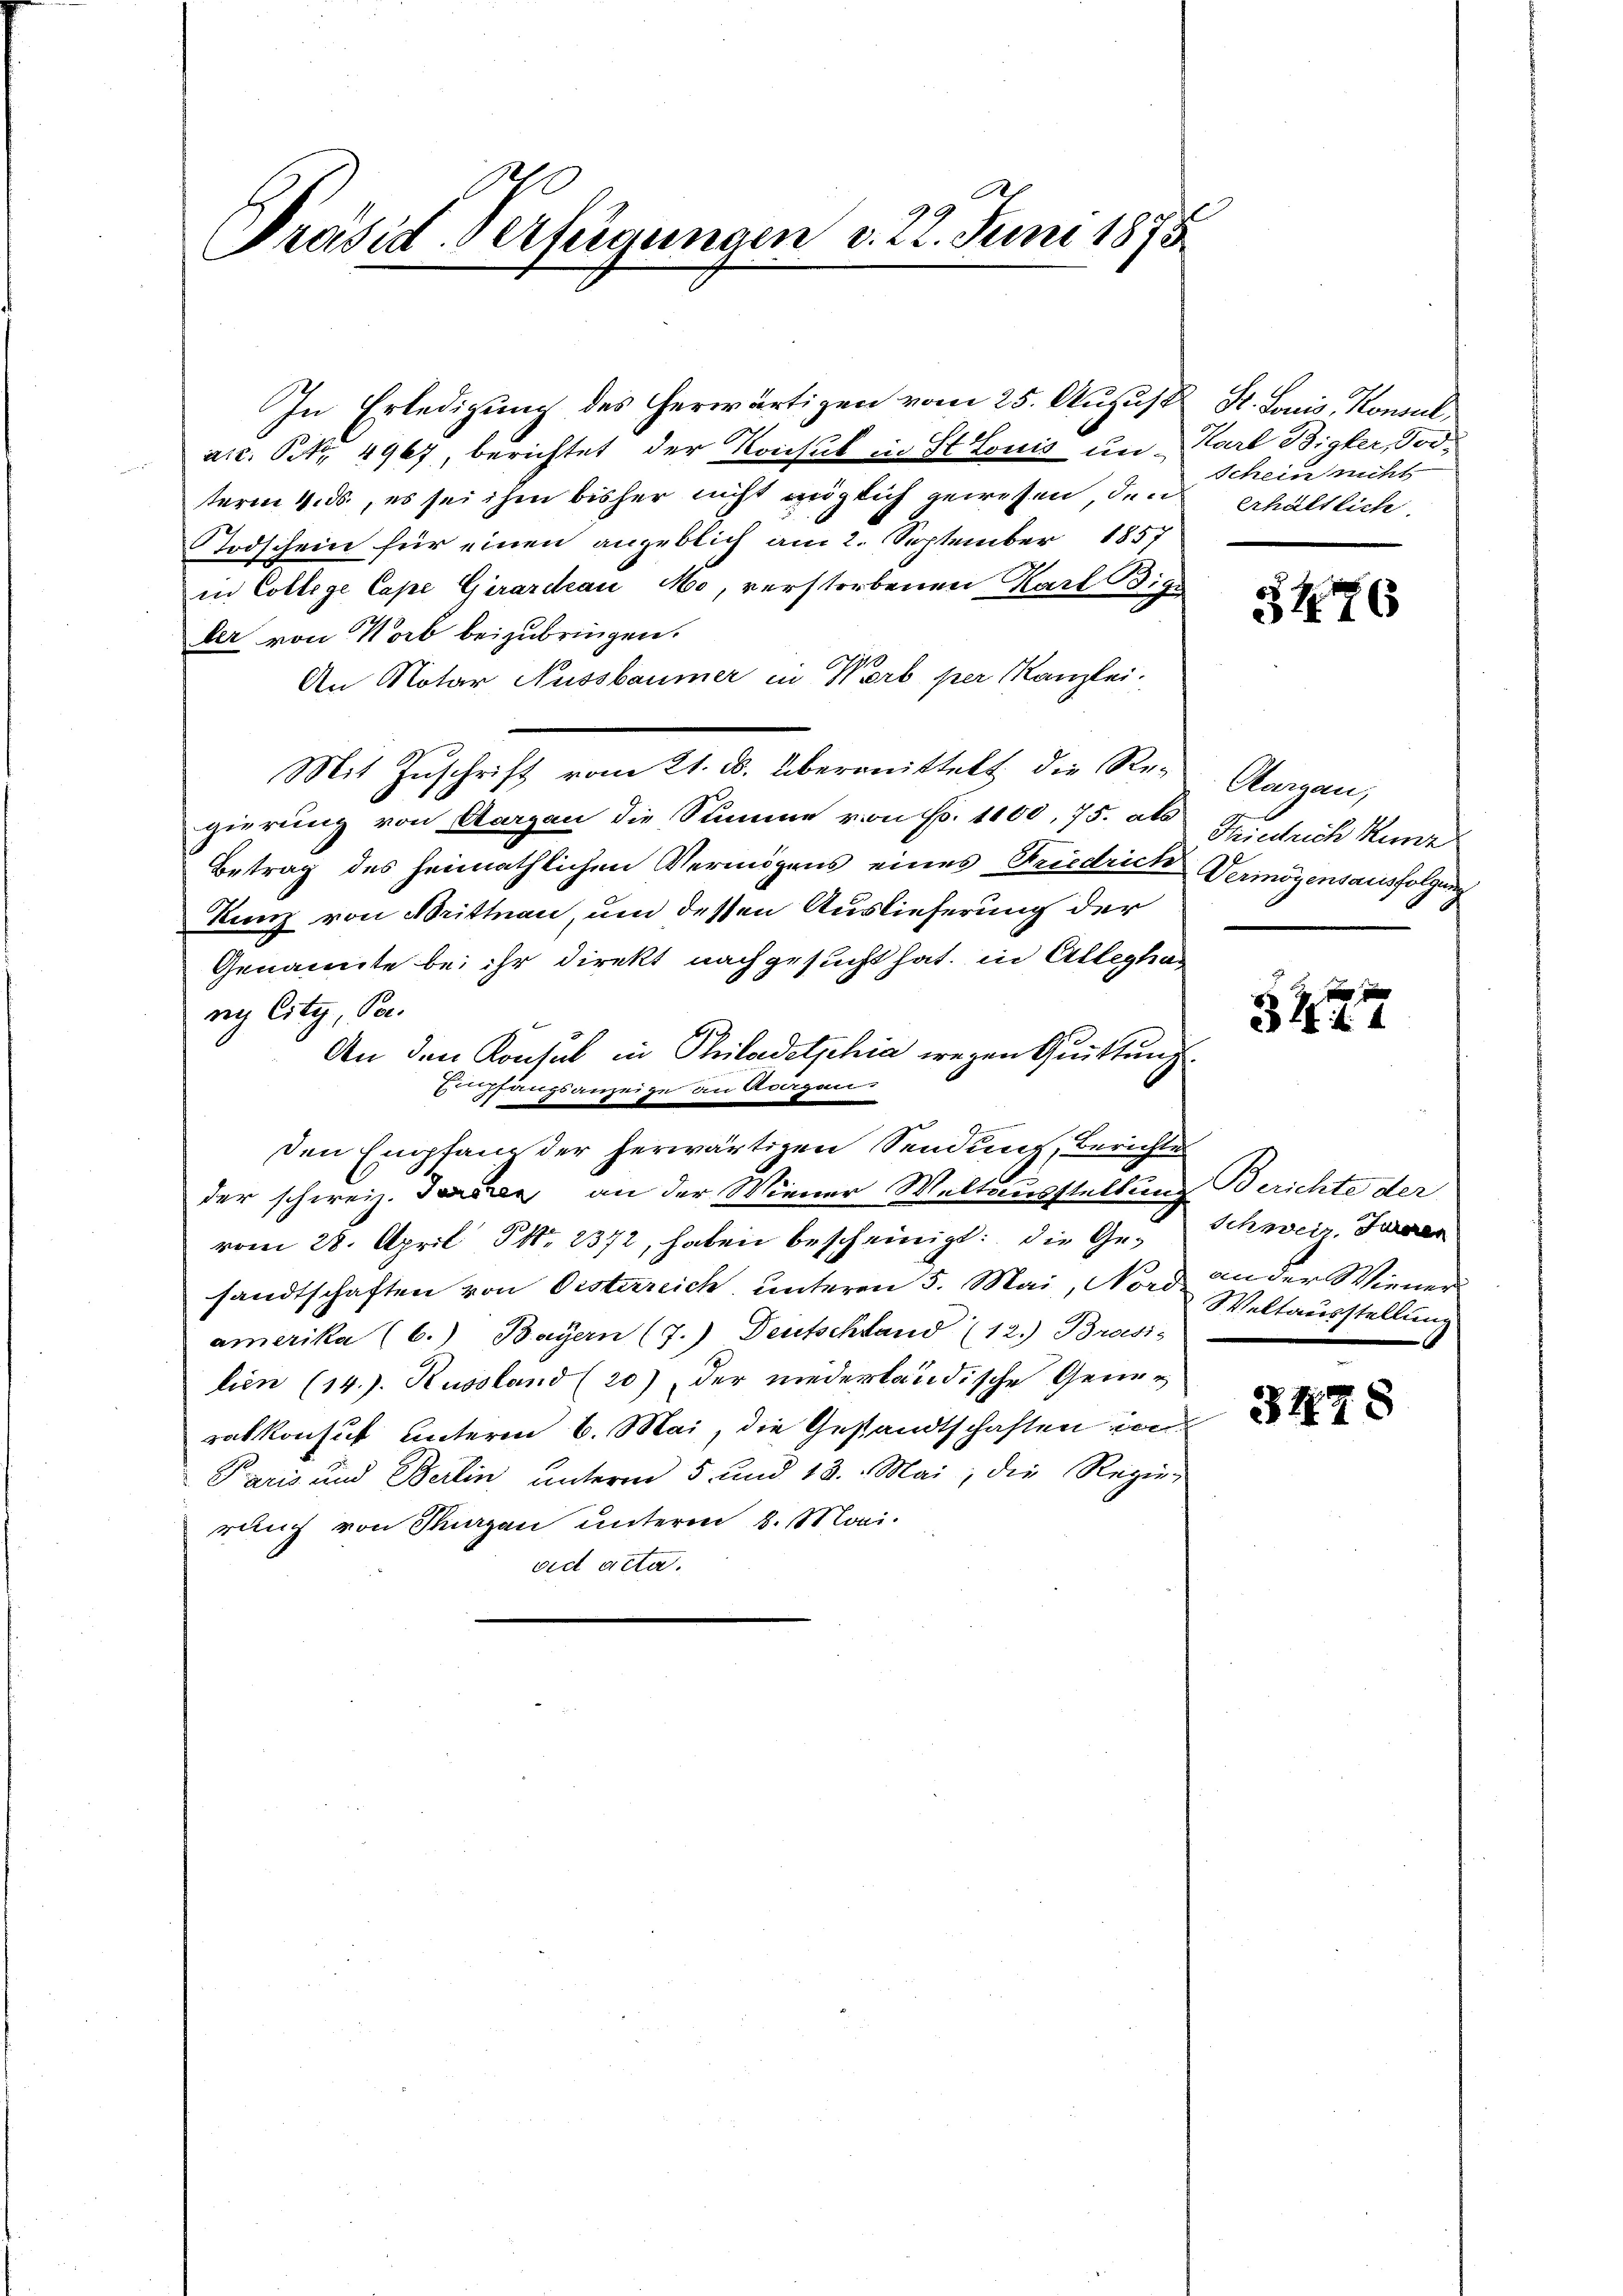
R.
Präsid. Verfügungen v. 22. Juni 1875

In Erledigung des herwärtigen vom 25. August
ate. St. 4967, berichtet der Konsul in St. Louis un   Karl Bigler, Todterm 4. ds, es sei ihm bisher nicht möglich gewesen, den
Todschein für einen angeblich am 2. September 1857
in College Cape Girarchau Mo, verstorbenen Karl Bige
ber von Worb beizubringen.
An Notar Aussbaumer in Worb per Kanzlei.
Mit Zuschrift vom 21. ds. übermittelt, die Regierung von Aargau die Summe von Fr. 1100, 75. als
Betrag des heimathlichen Vermögens eines Friedrichte
Kunz von Brittnau, um dessen Auslieferung der
Genannte bei ihr direkt nachgesucht hat, in Allegha
ng City, Pa
An den Konsul in Philadelphia wegen Quittung
Empfangsanzeige an Avergans
den Empfand der herwärtigen Sendung, Berichtes
der schweiz. Terren an der Wiener Weltausstellung
vom 28. April 11. 2372, haben bescheinigt: die Gesandtschaften von Oesterreich, unteren 5. Mai, Nord
amerika (6.) Bayern (7.) Deutschland (12.) Brasis
lien (14.) Russland (20) der niederländische Gener
rakkonsut unterm 6. Mai, die Gestandtschaften von
Paris und Berlin unterm 5 und 13. Mai, die Regier
rauch von Thurgau unterm 8. Mari
vid acta.

S. Louis Konsul
Schein nicht
erhältlich

3476

Aargau,
Heintrich Kunz
Vermögensausfolgung

3 f 14

Berichte der
Schweiz. Furren
an der Wiener
Weltausstellung

3478